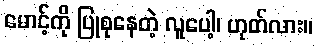
မောင့်ကို ပြုစုနေတဲ့ လူပေါ့၊ ဟုတ်လား။